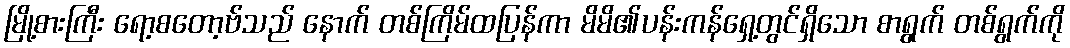
မြို့စားကြီး ရော့စတော့ဗ်သည် နောက် တစ်ကြိမ်ထပြန်ကာ မိမိ၏ပန်းကန်ရှေ့တွင်ရှိသော စာရွက် တစ်ရွက်ကို